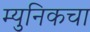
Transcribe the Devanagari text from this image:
म्युनिकचा